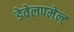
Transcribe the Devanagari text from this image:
डेवेलपमेन्ट